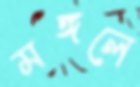
মঙ্গলে